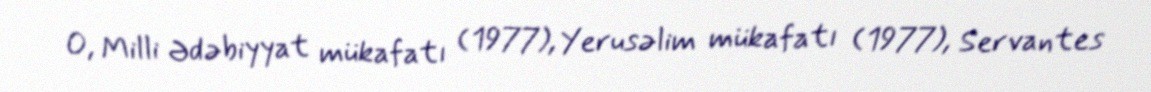
O, Milli Ədəbiyyat mükafatı (1977), Yerusəlim mükafatı (1977), Servantes